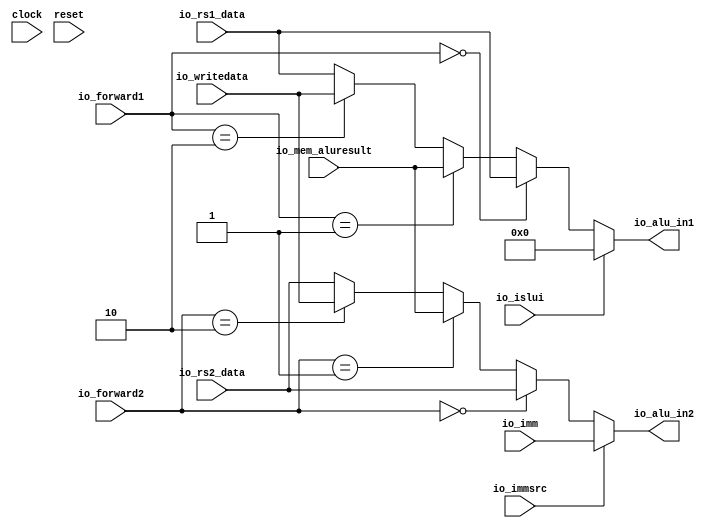
module AluSelect(
  input         clock,
  input         reset,
  input  [31:0] io_rs1_data,
  input  [31:0] io_rs2_data,
  input  [31:0] io_imm,
  input  [31:0] io_mem_aluresult,
  input  [31:0] io_writedata,
  input         io_immsrc,
  input         io_islui,
  input  [1:0]  io_forward1,
  input  [1:0]  io_forward2,
  output [31:0] io_alu_in1,
  output [31:0] io_alu_in2
);
  wire  _select1_T = io_forward1 == 2'h0; // @[aluselect.scala 21:18]
  wire  _select1_T_1 = io_forward1 == 2'h1; // @[aluselect.scala 22:18]
  wire  _select1_T_2 = io_forward1 == 2'h2; // @[aluselect.scala 23:18]
  wire [31:0] _select1_T_3 = _select1_T_2 ? io_writedata : io_rs1_data; // @[Mux.scala 101:16]
  wire [31:0] _select1_T_4 = _select1_T_1 ? io_mem_aluresult : _select1_T_3; // @[Mux.scala 101:16]
  wire [31:0] select1 = _select1_T ? io_rs1_data : _select1_T_4; // @[Mux.scala 101:16]
  wire  _select2_T = io_forward2 == 2'h0; // @[aluselect.scala 29:18]
  wire  _select2_T_1 = io_forward2 == 2'h1; // @[aluselect.scala 30:18]
  wire  _select2_T_2 = io_forward2 == 2'h2; // @[aluselect.scala 31:18]
  wire [31:0] _select2_T_3 = _select2_T_2 ? io_writedata : io_rs2_data; // @[Mux.scala 101:16]
  wire [31:0] _select2_T_4 = _select2_T_1 ? io_mem_aluresult : _select2_T_3; // @[Mux.scala 101:16]
  wire [31:0] select2 = _select2_T ? io_rs2_data : _select2_T_4; // @[Mux.scala 101:16]
  assign io_alu_in1 = io_islui ? 32'h0 : select1; // @[aluselect.scala 25:20]
  assign io_alu_in2 = io_immsrc ? io_imm : select2; // @[aluselect.scala 33:20]
endmodule